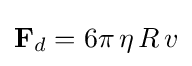
\mathbf {F} _{d}=6\pi \,\eta \,R\,v